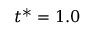
t ^ { * } = 1 . 0